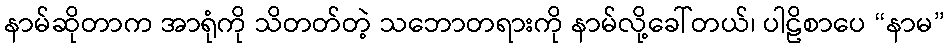
နာမ်ဆိုတာက အာရုံကို သိတတ်တဲ့ သဘောတရားကို နာမ်လို့ခေါ်တယ်၊ ပါဠိစာပေ “နာမ”